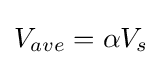
V_{ave}=\alpha V_{s}